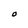
Character: O